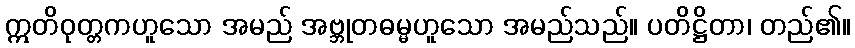
ဣတိဝုတ္တကဟူသော အမည် အဗ္ဘုတဓမ္မဟူသော အမည်သည်။ ပတိဋ္ဌိတာ၊ တည်၏။